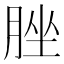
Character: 脞